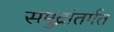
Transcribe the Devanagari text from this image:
समुद्रांतर्गत